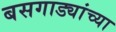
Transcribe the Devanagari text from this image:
बसगाड्यांच्या